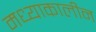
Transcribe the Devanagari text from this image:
मध्याकालीन